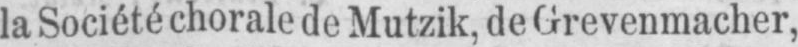
la Société chorale de Mutzik, de Grevenmacher,